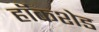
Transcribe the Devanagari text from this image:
हॉकशेड